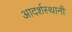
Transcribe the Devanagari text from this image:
आदर्शस्थानी